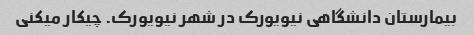
بیمارستان دانشگاهی نیویورک در شهر نیویورک. چیکار میکنی